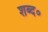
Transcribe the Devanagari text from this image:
शब्द०